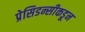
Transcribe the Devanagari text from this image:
प्रेसिडन्सीकडून